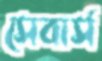
সেবার্স